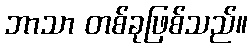
ဘာသာ တစ်ခုဖြစ်သည်။